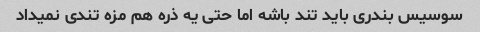
سوسیس بندری باید تند باشه اما حتی یه ذره هم مزه تندی نمیداد